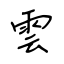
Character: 雲